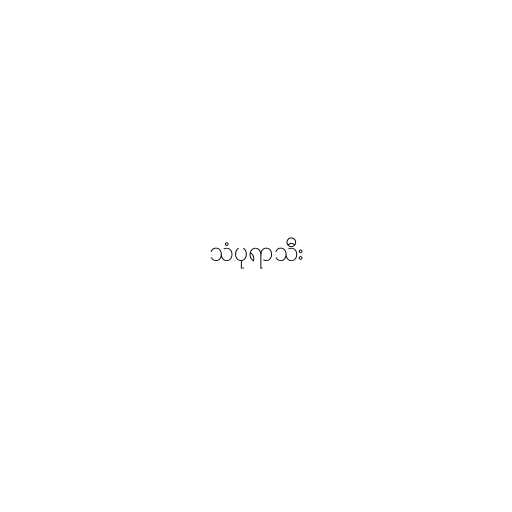
သံပုရာသီး